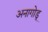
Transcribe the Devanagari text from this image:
अनागोडू